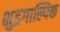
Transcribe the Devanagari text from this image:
क्षुद्रगाल्पिक